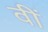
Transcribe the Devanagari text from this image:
वीं